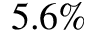
5 . 6 \%